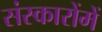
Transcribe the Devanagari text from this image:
संस्कारोंमें